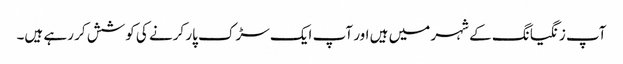
آپ زنگیانگ کے شہر میں ہیں اور آپ ایک سڑک پار کرنے کی کوشش کر رہے ہیں۔